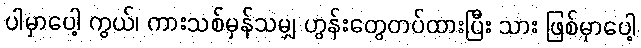
ပါမှာပေါ့ ကွယ်၊ ကားသစ်မှန်သမျှ ဟွန်းတွေတပ်ထားပြီး သား ဖြစ်မှာပေါ့